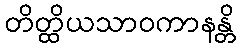
တိတ္ထိယသာဝကာနန္တိ